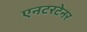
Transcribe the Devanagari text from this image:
एनटरटेनर